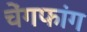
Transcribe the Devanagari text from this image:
चेंगफांग